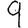
Digit: 9